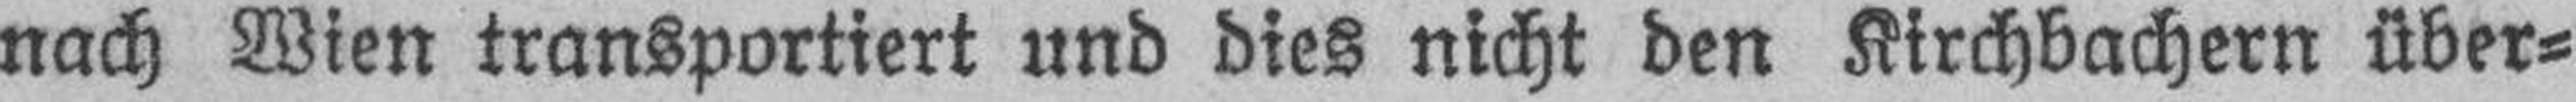
nach Wien transportiert und dies nicht den Kirchbachern über¬